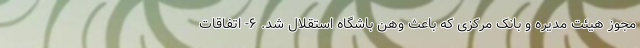
مجوز هیئت مدیره و بانک مرکزی که باعث وهن باشگاه استقلال شد. ۶- اتفاقات